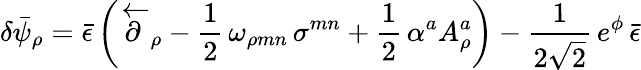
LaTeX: \delta\bar{\psi}_{\rho}=\bar{\epsilon}\left(\overleftarrow{\partial}_{\rho}-\frac{1}{2}\, \omega_{\rho mn}\, \sigma^{mn}+\frac{1}{2}\, \alpha^{a}A_{\rho}^{a}\right)-\frac{1}{2\sqrt{2}}\, e^{\phi}\, \bar{\epsilon}